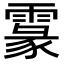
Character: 𩄖